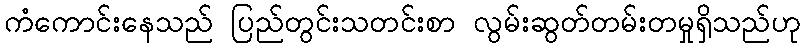
ကံကောင်းနေသည် ပြည်တွင်းသတင်းစာ လွမ်းဆွတ်တမ်းတမှုရှိသည်ဟု